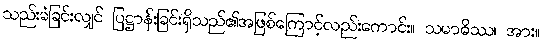
သည်းခံခြင်းလျှင် ပြဋ္ဌာန်းခြင်းရှိသည်၏အဖြစ်ကြောင့်လည်းကောင်း။ သမာဓိဿ၊ အား။